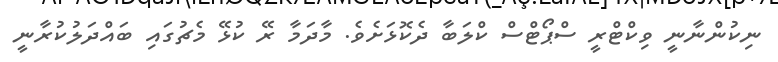
ނިކުންނާނީ ވިކްޓްރީ ސްޕޯޓްސް ކްލަބާ ދެކޮޅަށެވެ. މާދަމާ ރޭ ކުޅޭ މެޗުގައި ބައްދަލުކުރާނީ